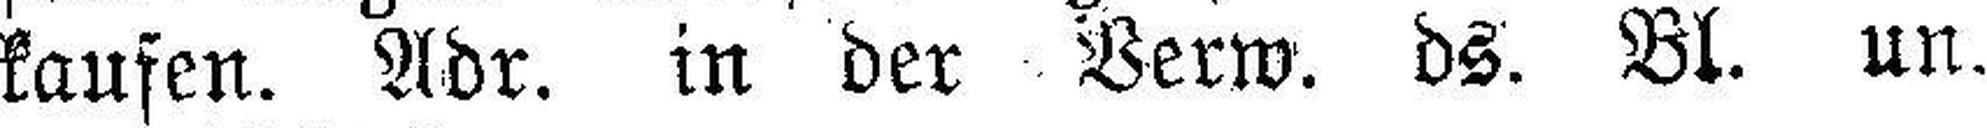
kaufen. Adr. in der Verw. ds. Bl. un.